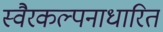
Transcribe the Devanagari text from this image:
स्वैरकल्पनाधारित